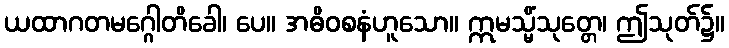
ယထာဂတမဂ္ဂေါတိခေါ၊ ပေ။ အဓိဝစနံဟူသော။ ဣမသ္မိံသုတ္တေ၊ ဤသုတ်၌။